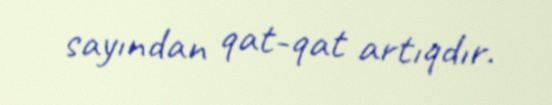
sayından qat-qat artıqdır.